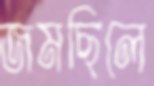
জমছিলে